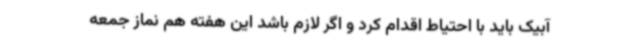
آبیک باید با احتیاط اقدام کرد و اگر لازم باشد این هفته هم نماز جمعه